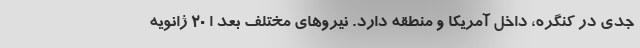
جدی در کنگره، داخل آمریکا و منطقه دارد. نیروهای مختلف بعد ا ۲۰ ژانویه